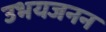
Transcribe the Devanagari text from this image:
उभयजनन